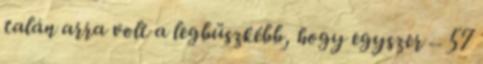
talán arra volt a legbüszkébb, hogy egyszer – 57